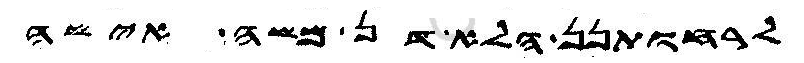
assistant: לרחותנן הלא דן משה אישה